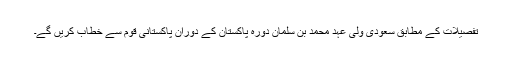
تفصیلات کے مطابق سعودی ولی عہد محمد بن سلمان دورہ پاکستان کے دوران پاکستانی قوم سے خطاب کریں گے۔